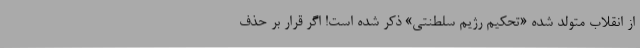
از انقلاب متولد شده «تحکیم رژیم سلطنتی» ذکر شده است! اگر قرار بر حذف